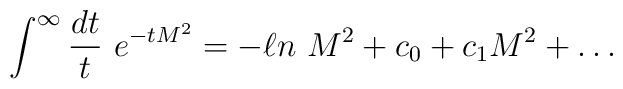
\int^\infty {dt\over t}\ e^{-tM^2} =-\ell n\ M^2+c_0+c_1M^2+\dots